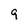
Character: 9